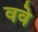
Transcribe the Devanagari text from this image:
ववे